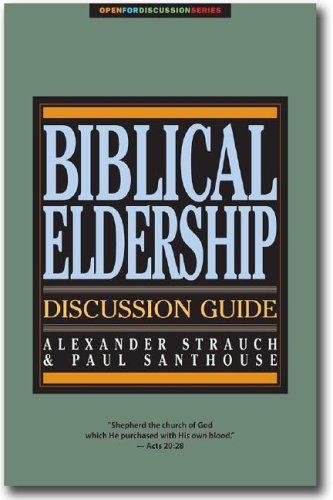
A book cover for Biblical Eldership Discussion Guide (Open for Discussion Series); Alexander Strauch; Christian Books & Bibles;